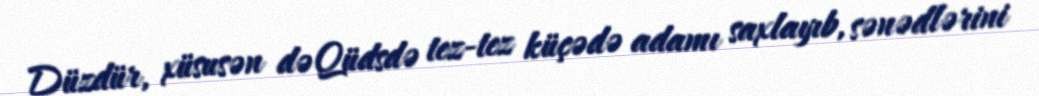
Düzdür, xüsusən də Qüdsdə tez-tez küçədə adamı saxlayıb, sənədlərini